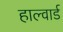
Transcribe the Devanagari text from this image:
हाल्वार्ड